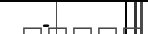
-